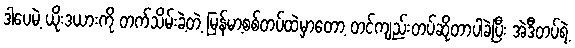
ဒါပေမဲ့ ယိုးဒယားကို တက်သိမ်းခဲ့တဲ့ မြန်မာ့စစ်တပ်ထဲမှာတော့ တင်ကျည်းတပ်ဆိုတာပါခဲ့ပြီး အဲဒီတပ်ရဲ့